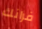
فرانك